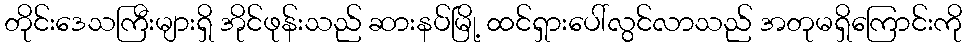
တိုင်းဒေသကြီးများရှိ အိုင်ဖုန်းသည် ဆားနပ်မြို့ ထင်ရှားပေါ်လွင်လာသည် အတုမရှိကြောင်းကို